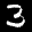
Label: 3